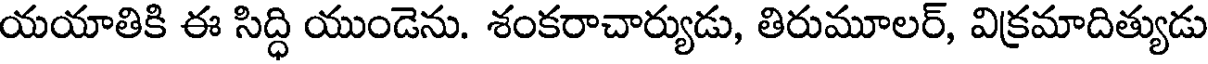
యయాతికి ఈ సిద్ధి యుండెను. శంకరాచార్యుడు, తిరుమూలర్, విక్రమాదిత్యుడు